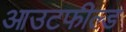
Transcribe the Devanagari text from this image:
आउटफील्‍ड